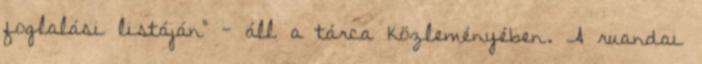
foglalási listáján" - áll a tárca közleményében. A ruandai